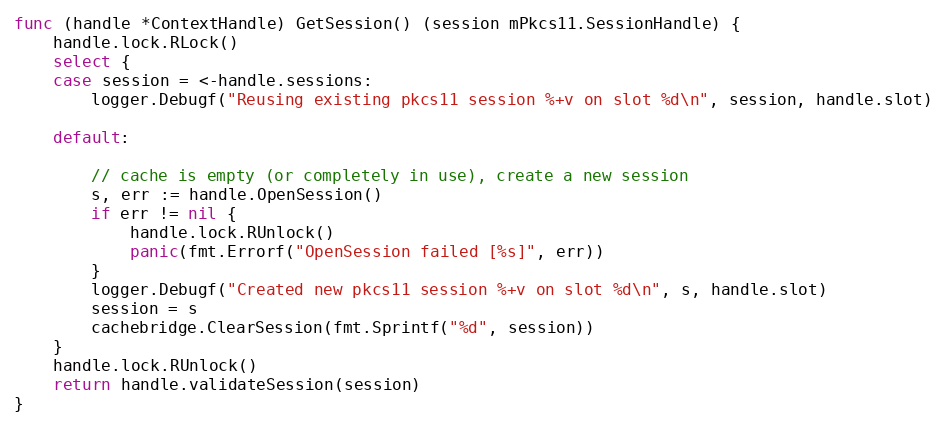
Language: Go
func (handle *ContextHandle) GetSession() (session mPkcs11.SessionHandle) {
	handle.lock.RLock()
	select {
	case session = <-handle.sessions:
		logger.Debugf("Reusing existing pkcs11 session %+v on slot %d\n", session, handle.slot)

	default:

		// cache is empty (or completely in use), create a new session
		s, err := handle.OpenSession()
		if err != nil {
			handle.lock.RUnlock()
			panic(fmt.Errorf("OpenSession failed [%s]", err))
		}
		logger.Debugf("Created new pkcs11 session %+v on slot %d\n", s, handle.slot)
		session = s
		cachebridge.ClearSession(fmt.Sprintf("%d", session))
	}
	handle.lock.RUnlock()
	return handle.validateSession(session)
}